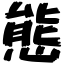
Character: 態